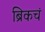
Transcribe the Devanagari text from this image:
ब्रिकचं